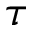
\tau